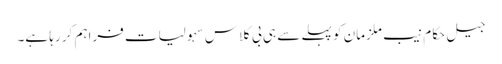
جیل حکام نیب ملزمان کو پہلے سے ہی بی کلاس سہولیات فراہم کر رہا ہے۔